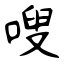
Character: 嗖